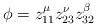
\begin{align*}\phi=z_{11}^\mu z_{23}^\nu z_{32}^\beta\end{align*}